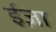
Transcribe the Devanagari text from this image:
ईज़ा